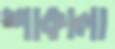
শাকালা